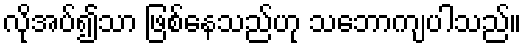
လိုအပ်၍သာ ဖြစ်နေသည်ဟု သဘောကျပါသည်။